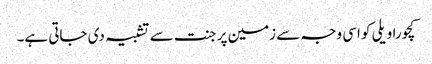
کچورا ویلی کو اسی وجہ سے زمین پر جنت سے تشبیہ دی جاتی ہے۔